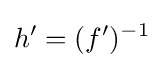
h'=(f')^{-1}